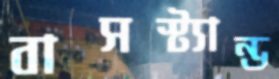
বাসস্ট্যান্ড